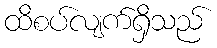
ထိစပ်လျက်ရှိသည်